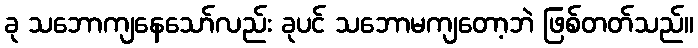
ခု သဘောကျနေသော်လည်း ခုပင် သဘောမကျတော့ဘဲ ဖြစ်တတ်သည်။